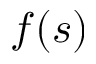
f ( s )